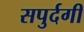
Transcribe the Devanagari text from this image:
सपुर्दगी